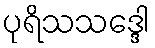
ပုရိသသဒ္ဒေါ